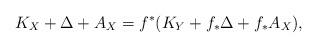
LaTeX: \begin{align*}K_X+\Delta+A_X=f^*(K_Y+f_*\Delta+f_*A_X),\end{align*}